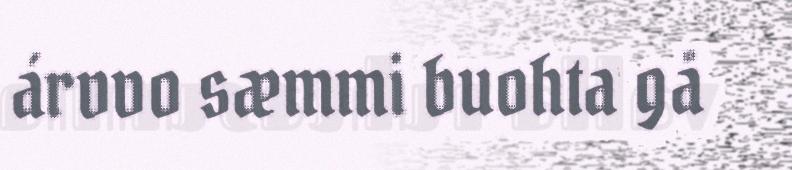
árvvo sæmmi buohta gå